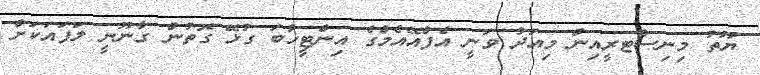
ޔޫތު މިނިސްޓރީއިން މިއަދު ވަނީ އެފްއޭއެމްގެ އިންޓީޚާބަ ގުޅޭ ގޮތުން ގާނޫނީ ލަފައަކަށް